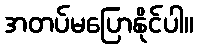
အတပ်မပြောနိုင်ပါ။